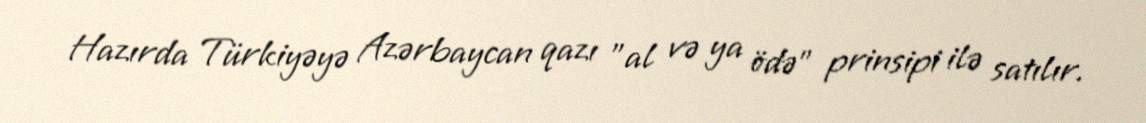
Hazırda Türkiyəyə Azərbaycan qazı "al və ya ödə" prinsipi ilə satılır.